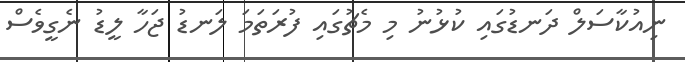
ނިއުކާސަލް ދަނޑުގައި ކުޅުނު މި މެޗުގައި ފުރަތަމަ ލަނޑު ޖަހާ ލީޑު ނެގީވެސް